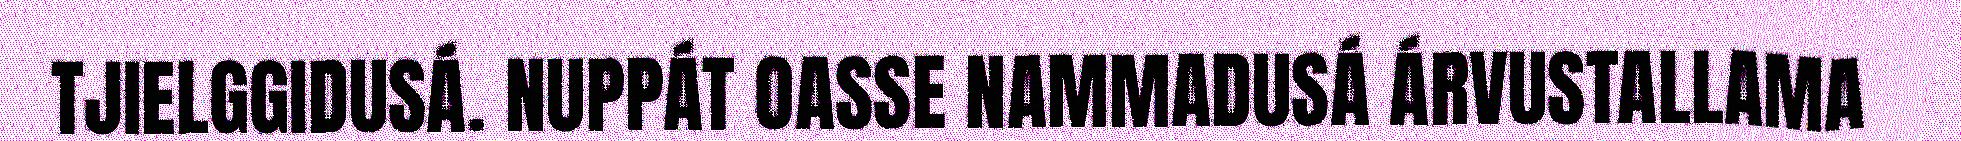
TJIELGGIDUSÁ. NUPPÁT OASSE NAMMADUSÁ ÁRVUSTALLAMA